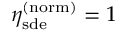
\eta _ { \mathrm { s d e } } ^ { \mathrm { ( n o r m ) } } = 1